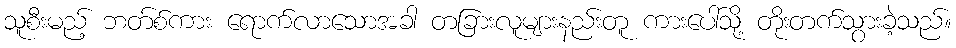
သူစီးမည့် ဘတ်စ်ကား ရောက်လာသောအခါ တခြားလူများနည်းတူ ကားပေါ်သို့ တိုးတက်သွားခဲ့သည်။